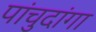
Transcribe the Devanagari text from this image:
पांचुदांगा